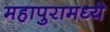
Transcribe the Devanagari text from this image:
महापुरामध्ये